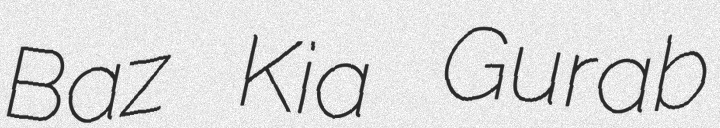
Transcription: Baz Kia Gurab